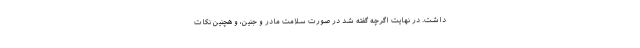
داشت. در نهایت اگرچه گفته شد در صورت سلامت مادر و جنین، و هچنین نکات